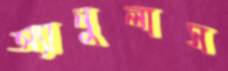
অ্যানুলাস